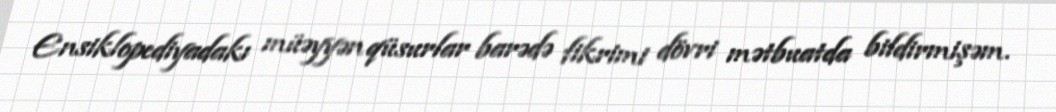
Ensiklopediyadakı müəyyən qüsurlar barədə fikrimi dövri mətbuatda bildirmişəm.